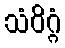
သံဝိဂ္ဂံ